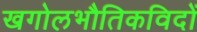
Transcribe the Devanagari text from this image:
खगोलभौतिकविदों